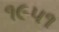
૧૯૫૧